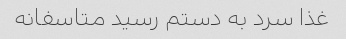
غذا سرد به دستم رسید متاسفانه